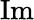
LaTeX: \operatorname{Im}